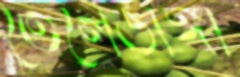
তেলেডাঙ্গী